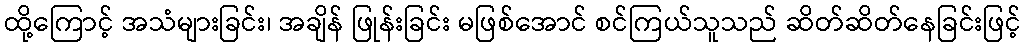
ထို့ကြောင့် အသံများခြင်း၊ အချိန် ဖြုန်းခြင်း မဖြစ်အောင် စင်ကြယ်သူသည် ဆိတ်ဆိတ်နေခြင်းဖြင့်